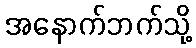
အနောက်ဘက်သို့